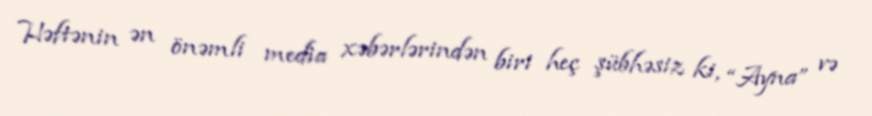
Həftənin ən önəmli media xəbərlərindən biri heç şübhəsiz ki, “Ayna” və